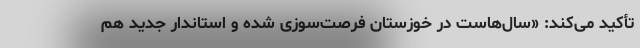
تأکید می‌کند: «سال‌هاست در خوزستان فرصت‌سوزی شده و استاندار جدید هم